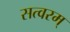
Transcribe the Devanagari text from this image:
सत्वरम्